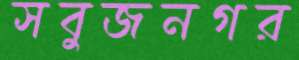
সবুজনগর